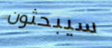
سيبحثون